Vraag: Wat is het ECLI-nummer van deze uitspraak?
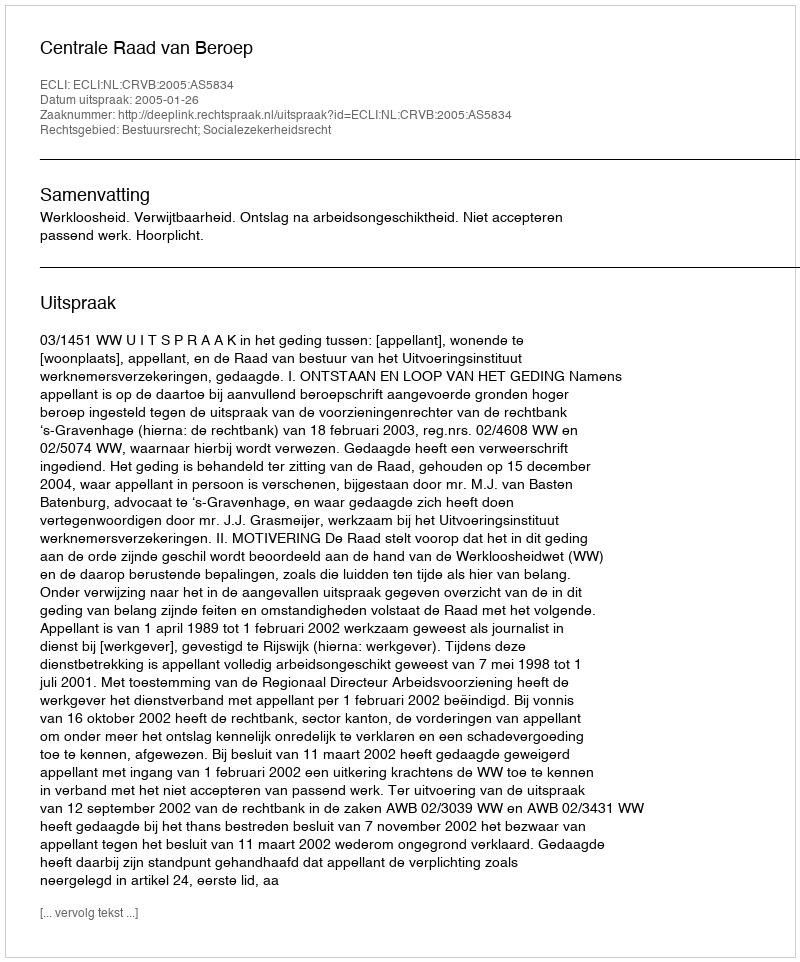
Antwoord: ECLI:NL:CRVB:2005:AS5834